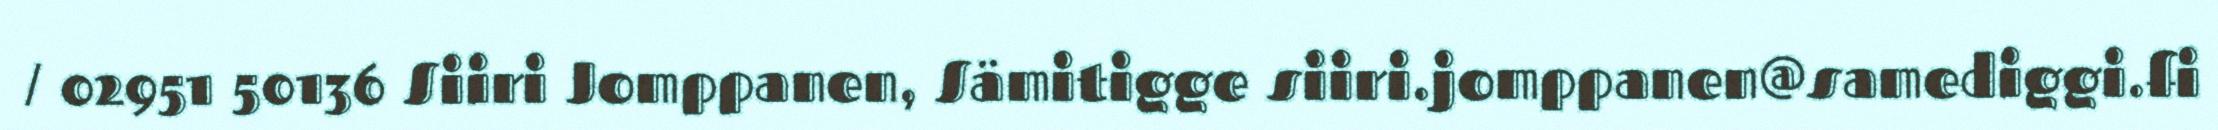
/ 02951 50136 Siiri Jomppanen, Sämitigge siiri.jomppanen@samediggi.fi